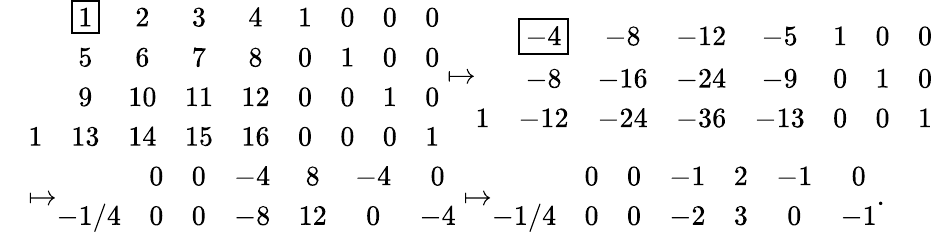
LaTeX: \begin{array}{rl}&{\begin{array}{ccccccccc}&{\boxed{1}}&{2}&{3}&{4}&{1}&{0}&{0}&{0}\\ &{5}&{6}&{7}&{8}&{0}&{1}&{0}&{0}\\ &{9}&{10}&{11}&{12}&{0}&{0}&{1}&{0}\\ {1}&{13}&{14}&{15}&{16}&{0}&{0}&{0}&{1}\end{array}\mapsto\begin{array}{cccccccc}&{\boxed{-4}}&{-8}&{-12}&{-5}&{1}&{0}&{0}\\ &{-8}&{-16}&{-24}&{-9}&{0}&{1}&{0}\\ {1}&{-12}&{-24}&{-36}&{-13}&{0}&{0}&{1}\end{array}}\\ &{\mapsto\begin{array}{ccccccc}&{0}&{0}&{-4}&{8}&{-4}&{0}\\ {-1/4}&{0}&{0}&{-8}&{12}&{0}&{-4}\end{array}\mapsto\begin{array}{ccccccc}&{0}&{0}&{-1}&{2}&{-1}&{0}\\ {-1/4}&{0}&{0}&{-2}&{3}&{0}&{-1}\end{array}.}\end{array}